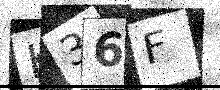
Text: K36F